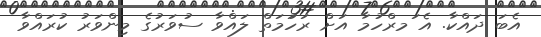
އެބަ ދައްކާ. އެ ަމރްހުމާ އަށް ރަހުަމަތް ލައްވާ ސުވަރުގެ މިންވަރު ކުރައްވާ